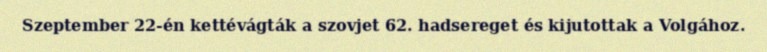
Szeptember 22-én kettévágták a szovjet 62. hadsereget és kijutottak a Volgához.